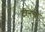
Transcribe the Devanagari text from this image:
टीनडा